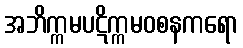
အဘိက္ကမပဋိက္ကမဝစနကရော